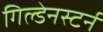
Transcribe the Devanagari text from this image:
गिल्डेनस्टर्न